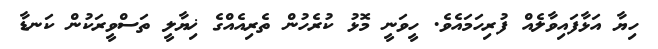
ހިޔާ އަޅާފައިވާލެއް ފުރިހަމައެވެ. ހީވަނީ މޮޅު ކުރެހުން ތެރިއެއްގެ ޚިޔާލީ ތަސްވީރަކުން ކަނޑާ